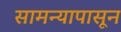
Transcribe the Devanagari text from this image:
सामन्यापासून